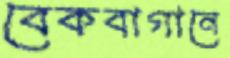
বেকবাগানে